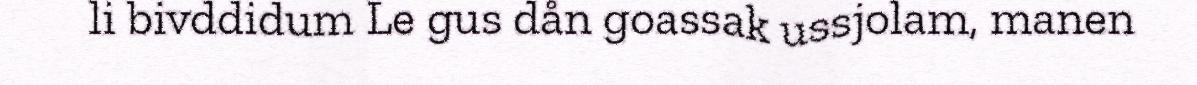
li bivddidum Le gus dån goassak ussjolam, manen